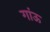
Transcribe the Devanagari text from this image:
गांऊ